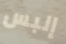
إلبس